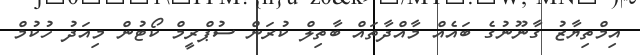
އިމްތިޔާޒު ގާނޫނުގެ ބައެއް މާއްދާތައް ބާތިލް ކުރަން ސުޕްރީމް ކޯޓުން މިއަދު ހުކުމް